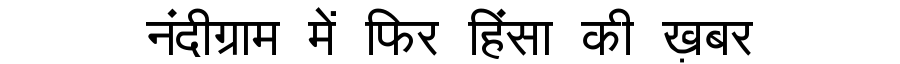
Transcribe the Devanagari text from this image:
नंदीग्राम में फिर हिंसा की ख़बर